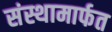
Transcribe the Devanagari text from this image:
संस्थामार्फत